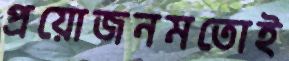
প্রয়োজনমতোই